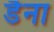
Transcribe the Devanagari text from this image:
डैना